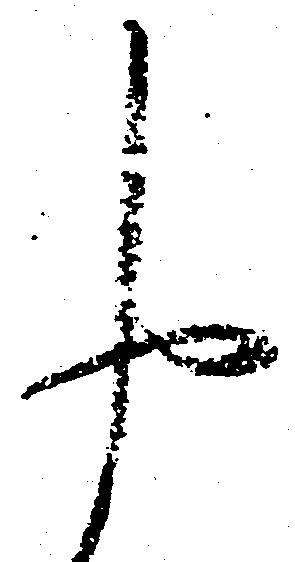
申